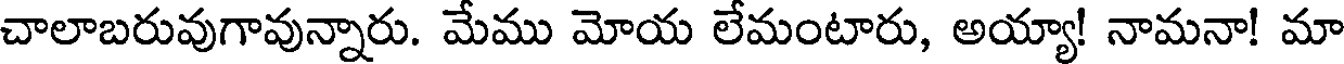
చాలాబరువుగావున్నారు. మేము మోయ లేమంటారు, అయ్యా! నామనా! మా